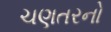
ચણતરનો